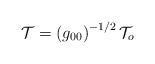
LaTeX: \begin{align*}{\cal T}=\left( g_{00}\right) ^{-1/2}{\cal T}_{o} \end{align*}